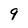
Character: 9